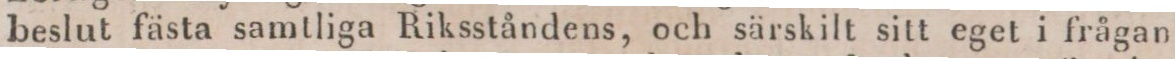
beslut fästa samtliga Riksståndens, och särskilt sitt eget i frågan